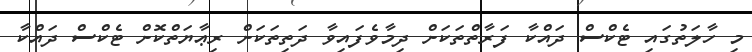
މި ހާލަތުގައި ޓެކްސް ދައްކާ ފަރާތްތަކަށް ދިމާވެފައިވާ ދަތިތަކަށް ރިޢާޔަތްކޮށް ޓެކްސް ދައްކާ